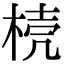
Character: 𣓘